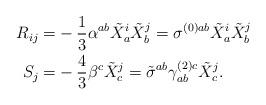
LaTeX: \begin{align*}R_{ij}=& -\frac{1}{3}\alpha^{ab} \tilde{X}_a^i \tilde{X}_b^j =\sigma^{(0) ab}\tilde{X}^i_a \tilde{X}^j_b \\S_j=&-\frac{4}{3} \beta^c \tilde X_c^j=\tilde{\sigma}^{ab} \gamma_{ab}^{(2)c} \tilde{X}^j_c.\end{align*}